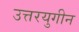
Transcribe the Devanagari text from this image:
उत्तरयुगीन